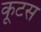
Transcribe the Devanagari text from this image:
कूटस